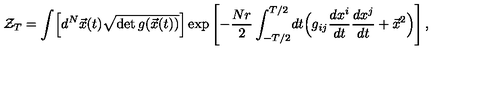
{ \cal Z } _ { T } = \int \! \left[ d ^ { N } \vec { x } ( t ) \sqrt { \det g ( \vec { x } ( t ) ) } \right] \exp \left[ - { \frac { N r } { 2 } } \int _ { - T / 2 } ^ { T / 2 } \! d t \Bigl ( g _ { i j } { \frac { d x ^ { i } } { d t } } { \frac { d x ^ { j } } { d t } } + { \vec { x } } ^ { 2 } \Bigr ) \right] ,